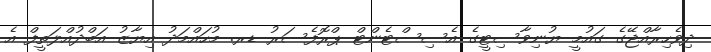
ދިވެހިރާއްޖޭގެ ގައުމީ ޔުނިވާސިޓީގެ އެސިސްޓެންޓް ޕްރޮފެސަރު ޑރ. މުހައްމަދު އިޔާޒު އަބްދުއްލަތީފް އެ